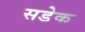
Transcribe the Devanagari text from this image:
सडेक